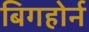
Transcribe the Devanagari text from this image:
बिगहोर्न